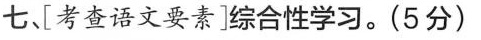
七[考查语文要素]综合性学习。(5分)